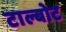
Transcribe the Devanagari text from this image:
टाल्बोट